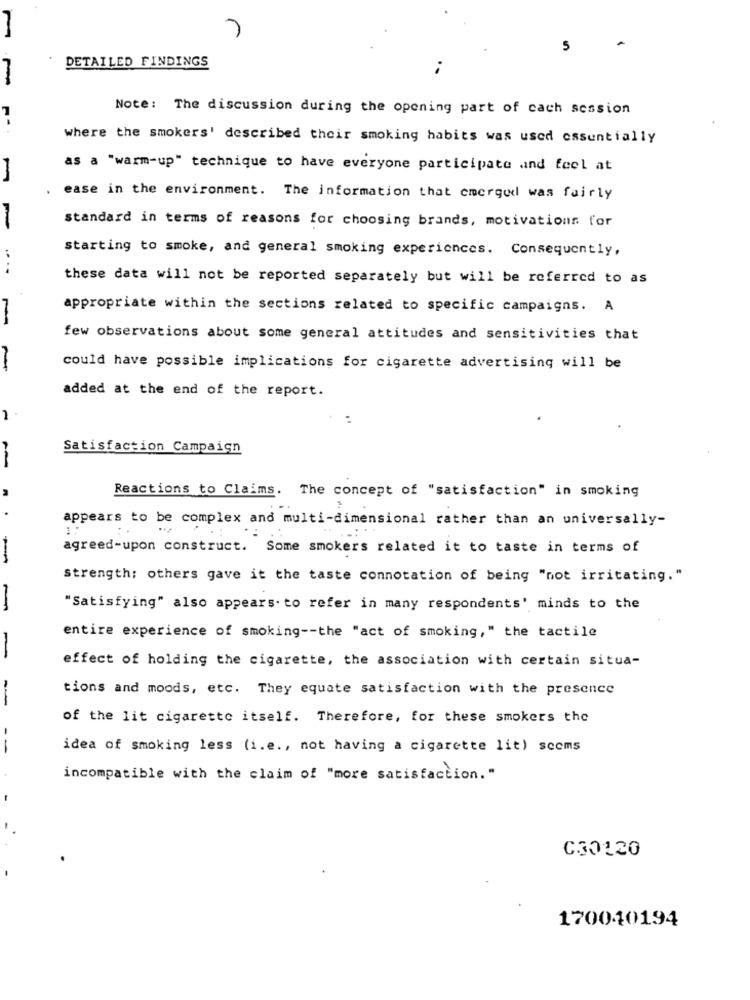
-
DETAILED FINDINGS
Note: The discussion during the opening part of cach session
where the smokers' described their smoking habits was used essentially
as a "warm-up" technique to have everyone participate and feel at
-
ease in the environment. The information that emerged was fairly
standard in terms of reasons for choosing brands, motivations for
starting to smoke, and general smoking experiences. Consequently,
....
these data will not be reported separately but will be referred to as
appropriate within the sections related to specific campaigns. A
few observations about some general attitudes and sensitivities that
could have possible implications for cigarette advertising will be
added at the end of the report.
-
Satisfaction Campaign
Reactions to Claims. The concept of "satisfaction" in smoking
appears to be complex and multi-dimensional rather than an universally-
agreed-upon construct. Some smokers related it to taste in terms of
strength; others gave it the taste connotation of being "not irritating."
"Satisfying" also appears. to refer in many respondents' minds to the
entire experience of smoking -- the "act of smoking," the tactile
effect of holding the cigarette, the association with certain situa-
tions and moods, etc. They equate satisfaction with the presence
-
of the lit cigarette itself. Therefore, for these smokers the
--
idea of smoking less (i.e ., not having a cigarette lit) scoms
incompatible with the claim of "more satisfaction."
C30120
170040194